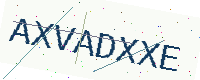
Text: AXVADXXE